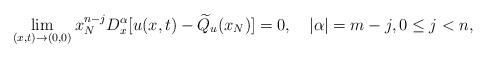
LaTeX: \begin{align*}\lim\limits_{(x,t)\rightarrow(0,0)}x_{N}^{n-j}D_{x}^{\alpha}[u(x,t)-\widetilde{Q}_{u}(x_{N})]=0,\quad|\alpha|=m-j,0\leq j<n, \end{align*}